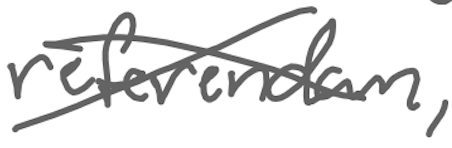
Text: referendum,
Cross-out: cross
Writing tool: digital_gray